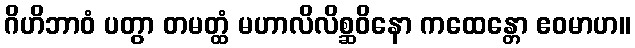
ဂိဟိဘာဝံ ပတွာ တမတ္ထံ မဟာလိလိစ္ဆဝိနော ကထေန္တော ဧဝမာဟ။